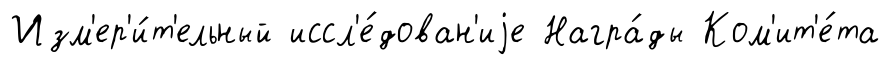
Изм'ер'и́т'ельный иссл'е́дован'иjе Награ́ды Ком'ит'е́та